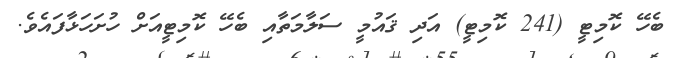
ބެހޭ ކޮމިޓީ (241 ކޮމިޓީ) އަދި ޤައުމީ ސަލާމަތާއި ބެހޭ ކޮމިޓީއަށް ހުށަހަޅާފައެވެ.